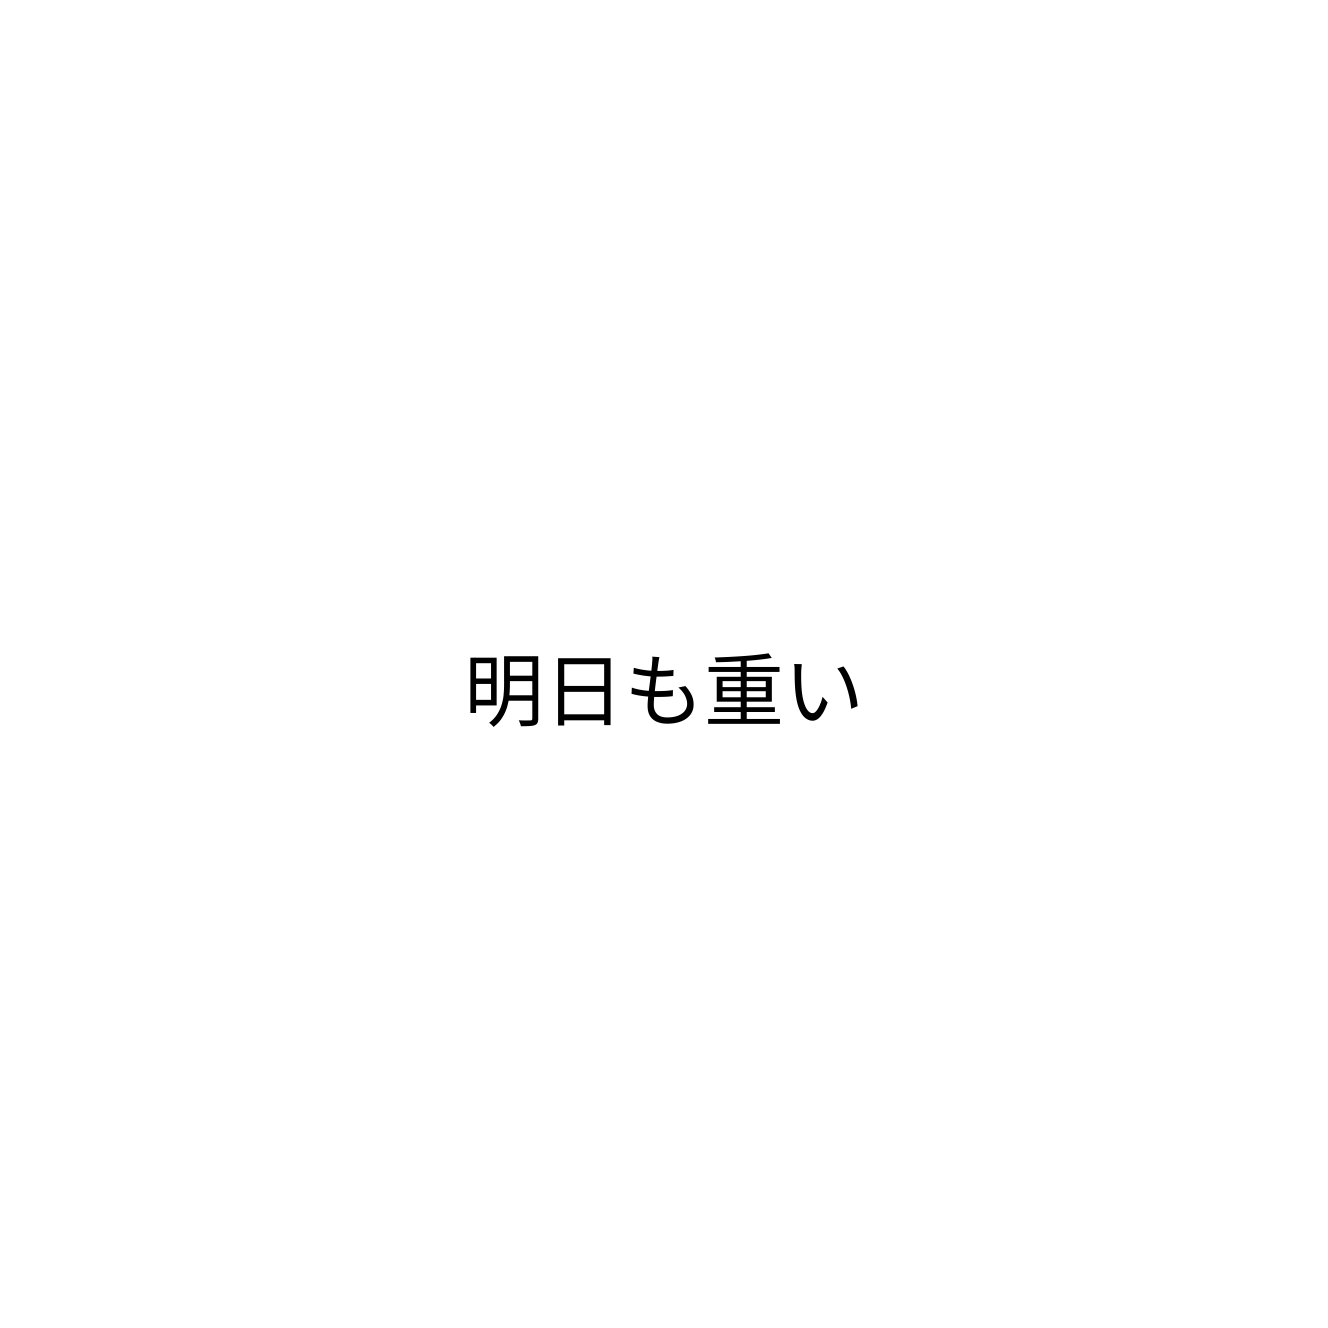
明日も重い